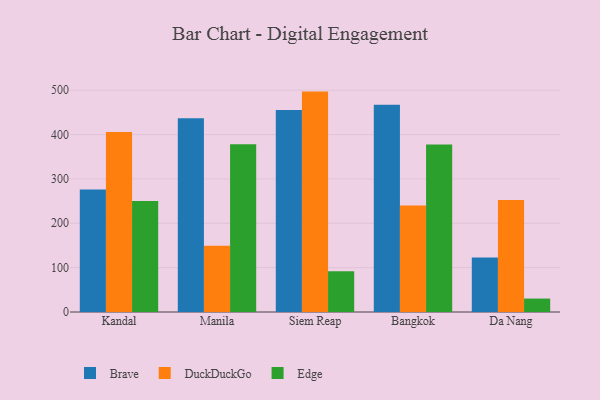
{"axis": {"x": "City", "y": "Bounce Rate (%)"}, "legend": ["Brave", "DuckDuckGo", "Edge"], "data": [{"x": "Kandal", "y": 276.3, "type": "Brave"}, {"x": "Kandal", "y": 406.0, "type": "DuckDuckGo"}, {"x": "Kandal", "y": 250.1, "type": "Edge"}, {"x": "Manila", "y": 436.9, "type": "Brave"}, {"x": "Manila", "y": 149.5, "type": "DuckDuckGo"}, {"x": "Manila", "y": 378.2, "type": "Edge"}, {"x": "Siem Reap", "y": 455.6, "type": "Brave"}, {"x": "Siem Reap", "y": 496.8, "type": "DuckDuckGo"}, {"x": "Siem Reap", "y": 91.8, "type": "Edge"}, {"x": "Bangkok", "y": 467.0, "type": "Brave"}, {"x": "Bangkok", "y": 239.9, "type": "DuckDuckGo"}, {"x": "Bangkok", "y": 377.8, "type": "Edge"}, {"x": "Da Nang", "y": 122.7, "type": "Brave"}, {"x": "Da Nang", "y": 252.6, "type": "DuckDuckGo"}, {"x": "Da Nang", "y": 30.3, "type": "Edge"}]}